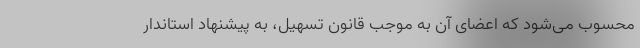
محسوب می‌شود که اعضای آن به موجب قانون تسهیل، به پیشنهاد استاندار